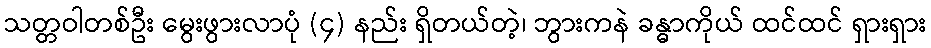
သတ္တဝါတစ်ဦး မွေးဖွားလာပုံ (၄) နည်း ရှိတယ်တဲ့၊ ဘွားကနဲ ခန္ဓာကိုယ် ထင်ထင် ရှားရှား